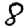
Digit: 8